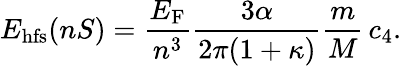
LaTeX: E_{\mathrm{hfs}}(nS)=\frac{E_{\mathrm{F}}}{n^{3}}\frac{3\alpha}{2\pi(1+\kappa)}\frac{m}{M}\, c_{4}.